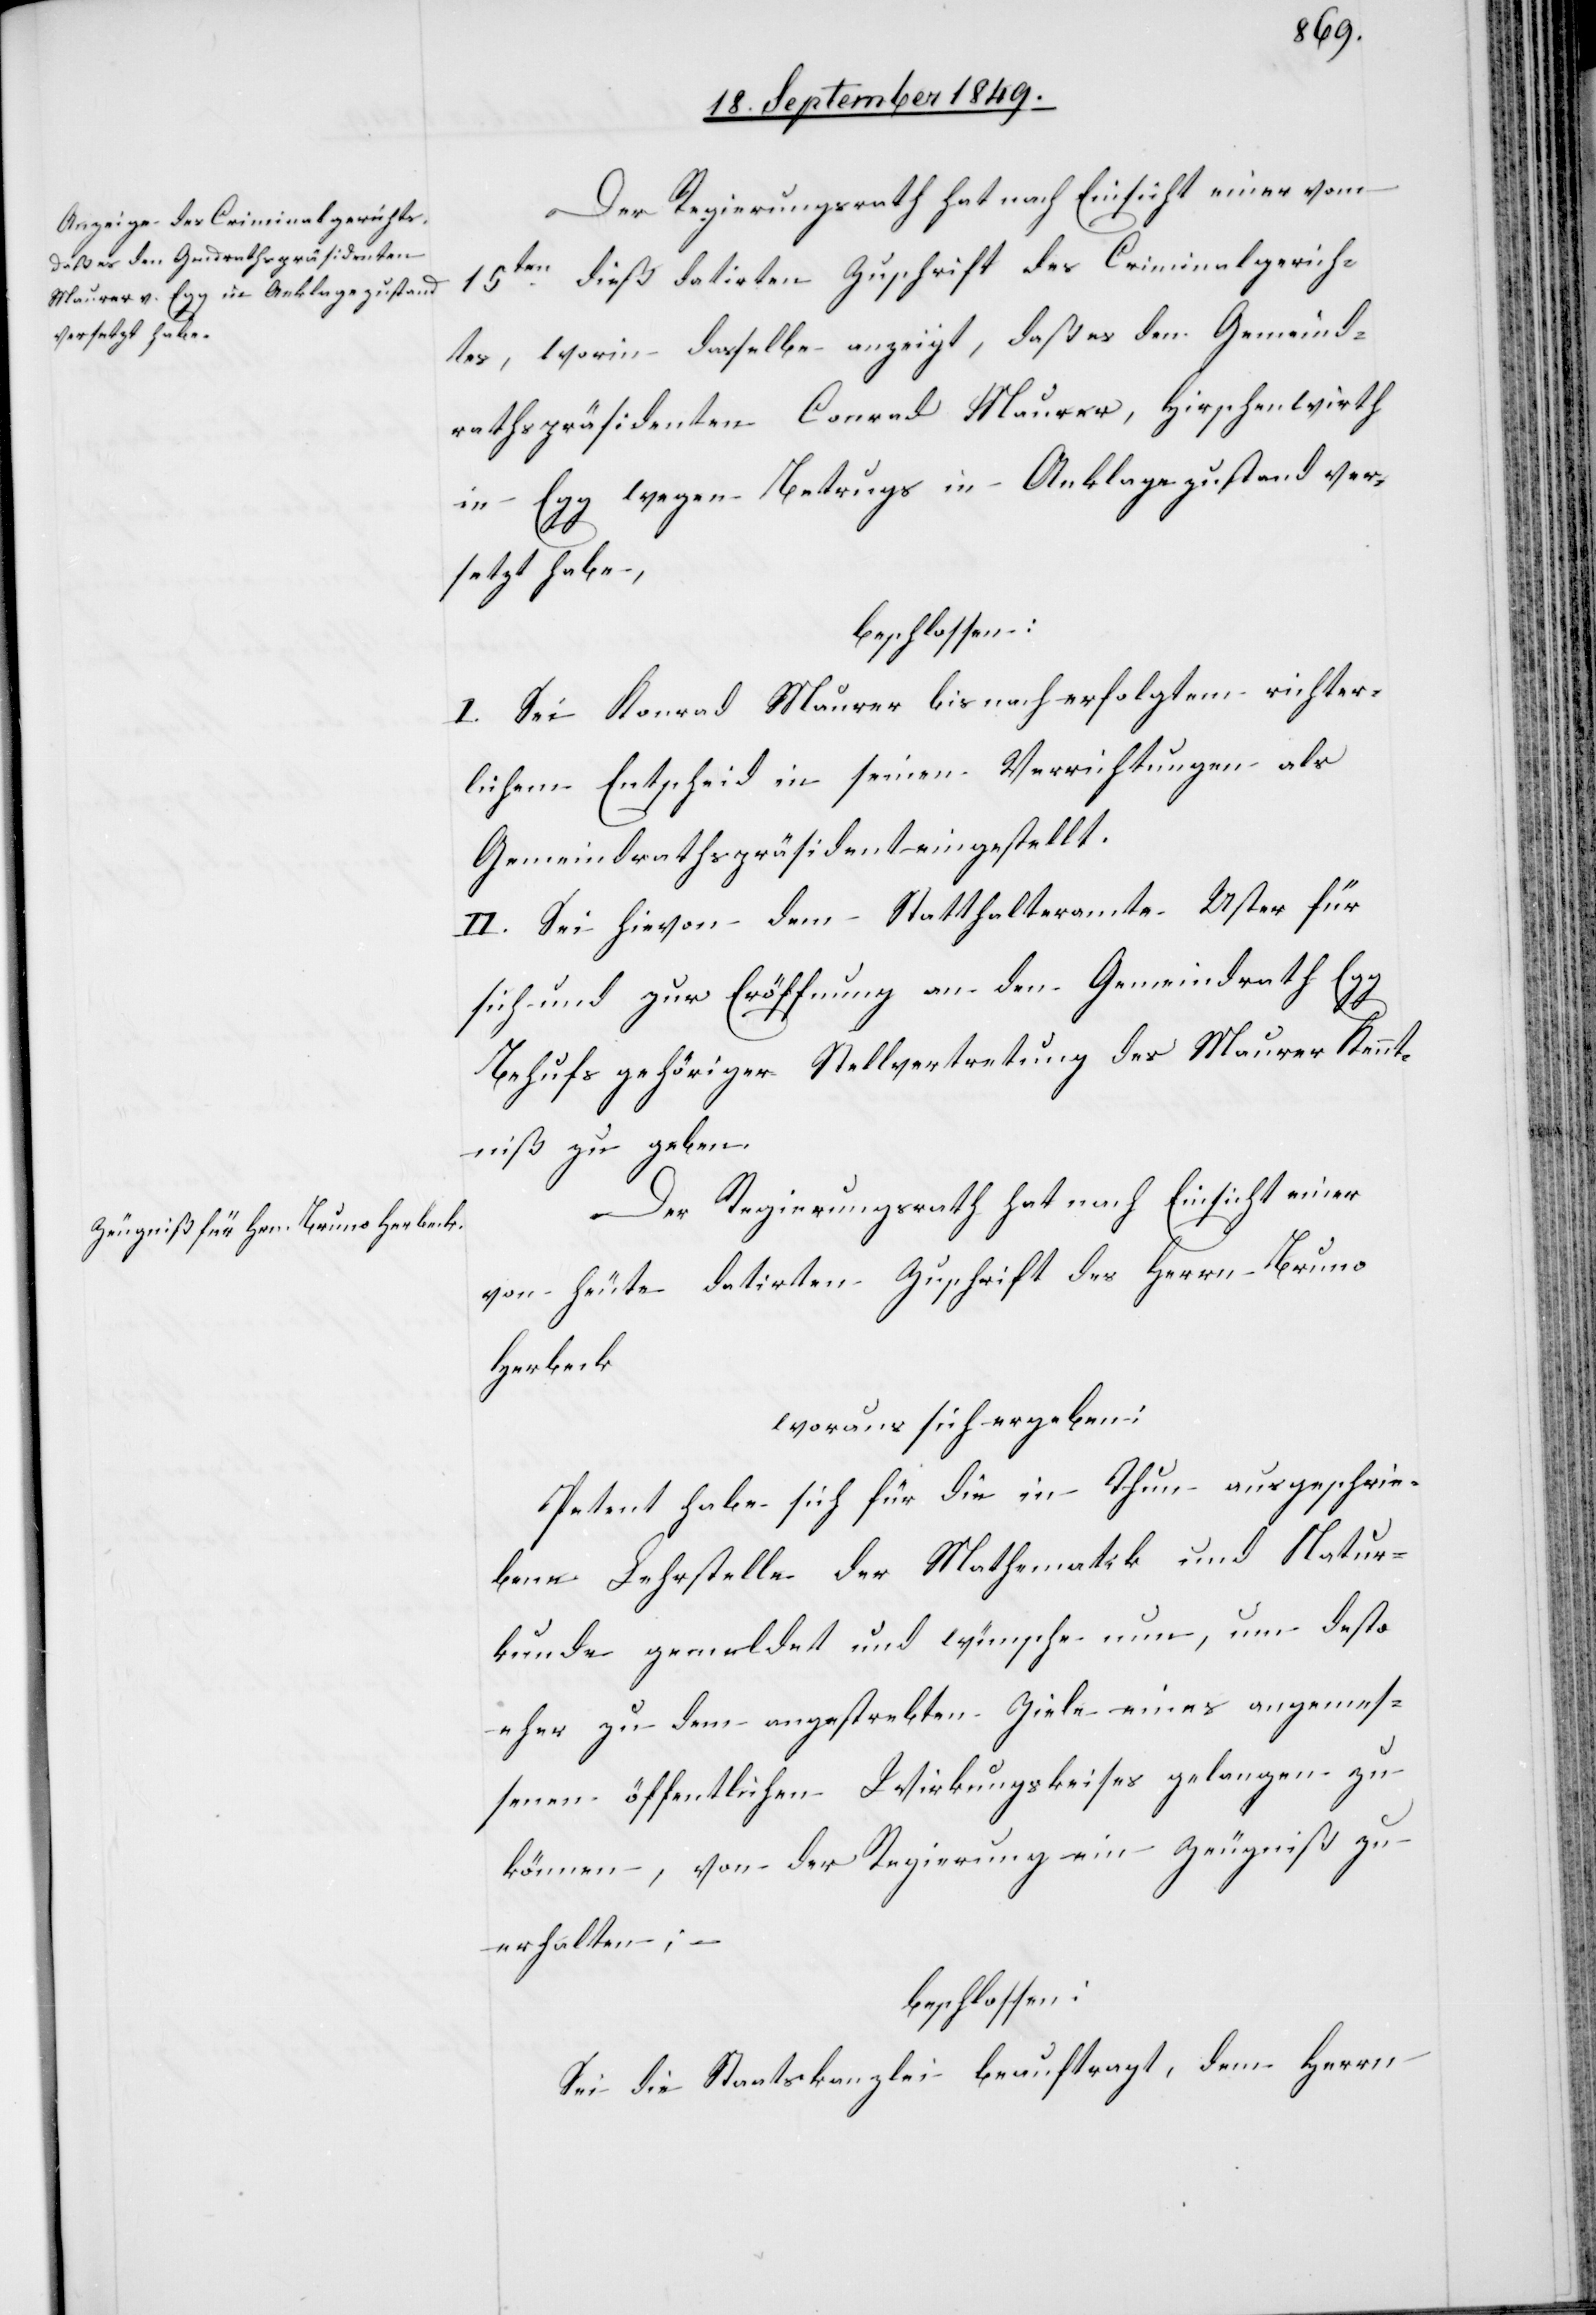
Der Regierungsrath hat nach Einsicht einer vom
15ten dieß datirten Zuschrift des Criminalgerich¬
tes, worin dasselbe anzeigt, daß es den Gemeind¬
rathspräsidenten Conrad Maurer, Hirschenwirth
in Egg wegen Betrugs in Anklagezustand ver¬
setzt habe,
beschlossen:
I. Sei Konrad Maurer bis nach erfolgtem richter¬
lichem Entscheid in seinen Verrichtungen als
Gemeindrathspräsidenten eingestellt.
II. Sei hievon dem Statthalteramte Uster für
sich und zur Eröffnung an den Gemeindrath Egg
behufs gehöriger Stellvertretung des Maurer Kennt¬
niß zu geben.
Der Regierungsrath hat nach Einsicht einer
von heute datirten Zuschrift des Herrn Bruno
Herbeck
woraus sich ergeben:
Petent habe sich für die in Thun ausgeschrie¬
bene Lehrstelle der Mathematik und Natur¬
kunde gemeldet und wünsche nun, um desto
eher zu dem angestrebten Ziele eines angemes¬
senen öffentlichen Wirkungsk[r]eises gelangen zu
können, von der Regierung ein Zeugniß zu
erhalten;
beschlossen:
Sei die Staatskanzlei beauftragt, dem Herrn